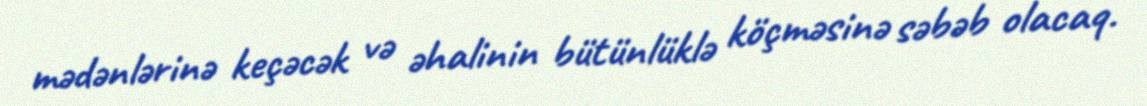
mədənlərinə keçəcək və əhalinin bütünlüklə köçməsinə səbəb olacaq.